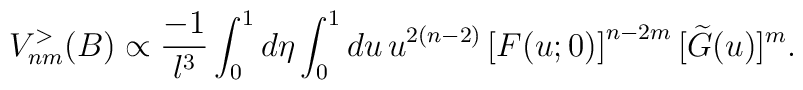
V_{nm}^{>}(B) \propto \frac{-1}{ l^3}  \int_{0}^{1} d\eta\int_{0}^{1} du\,   u^{2(n-2)}\left[ F(u;0) \right]^{n-2m}[ \widetilde{G}(u) ]^m.